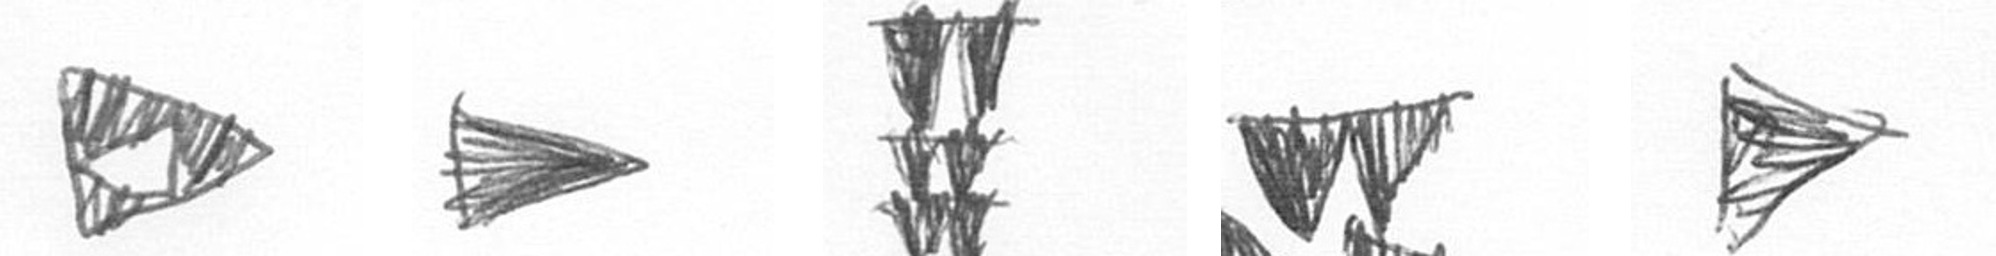
K T Y B T